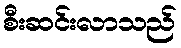
စီးဆင်းလာသည်